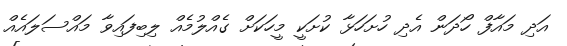
އަދި މައާފް ހޯދަން އެދި ހުށަހަޅާ ކުށަކީ މީހަކަށް ގެއްލުމެއް ލިބިފައިވާ މައްސަލައެއް